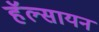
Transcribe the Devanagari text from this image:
हॅल्सायन